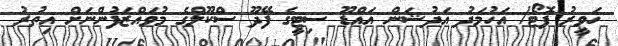
ހަވީރު ފޮޓޯ/ އަހުމަދު އަދުޝަން އައްޑޫ ސިޓީގެ ފޭދޫ ސްކޫލްގެ މުވައްޒަފުންނަށް އިތުރު